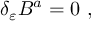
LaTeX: \delta _ { \varepsilon } B ^ { a } = 0 ~ ,